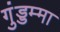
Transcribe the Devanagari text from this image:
गुंड्डम्मा